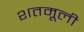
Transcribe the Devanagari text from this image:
शतमूली